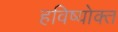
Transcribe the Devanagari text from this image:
हविष्योक्त